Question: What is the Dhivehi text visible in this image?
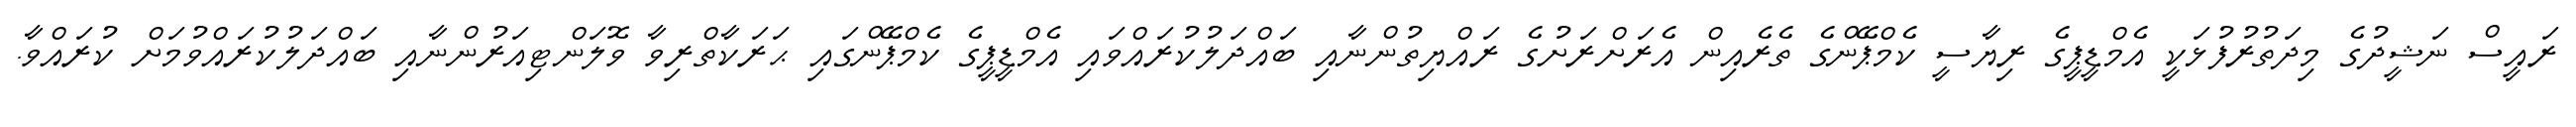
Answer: ރައީސް ނަޝީދުގެ މިދަތުރުފުޅަކީ އެމްޑީޕީގެ ރިޔާސީ ކެމްޕޭންގެ ތެރެއިން އެރަށްރަށުގެ ރައްޔިތުންނާއި ބައްދަލުކުރައްވައި އެމްޑީޕީގެ ކެމްޕޭންގައި ޙަރަކާތްރިވާ ވޮލަންޓިއަރުންނާއި ބައްދަލުކުރައްވުމަށް ކުރައްވާ.